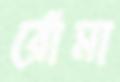
রোঁমা